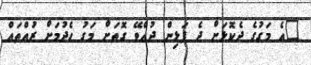
"އެ މަގުގެ ދެކޮޅަށް ދެ ފަޅިން ދުއްވޭ ގޮތަށް މަގު ހެދުމަށް ރުއްތައް